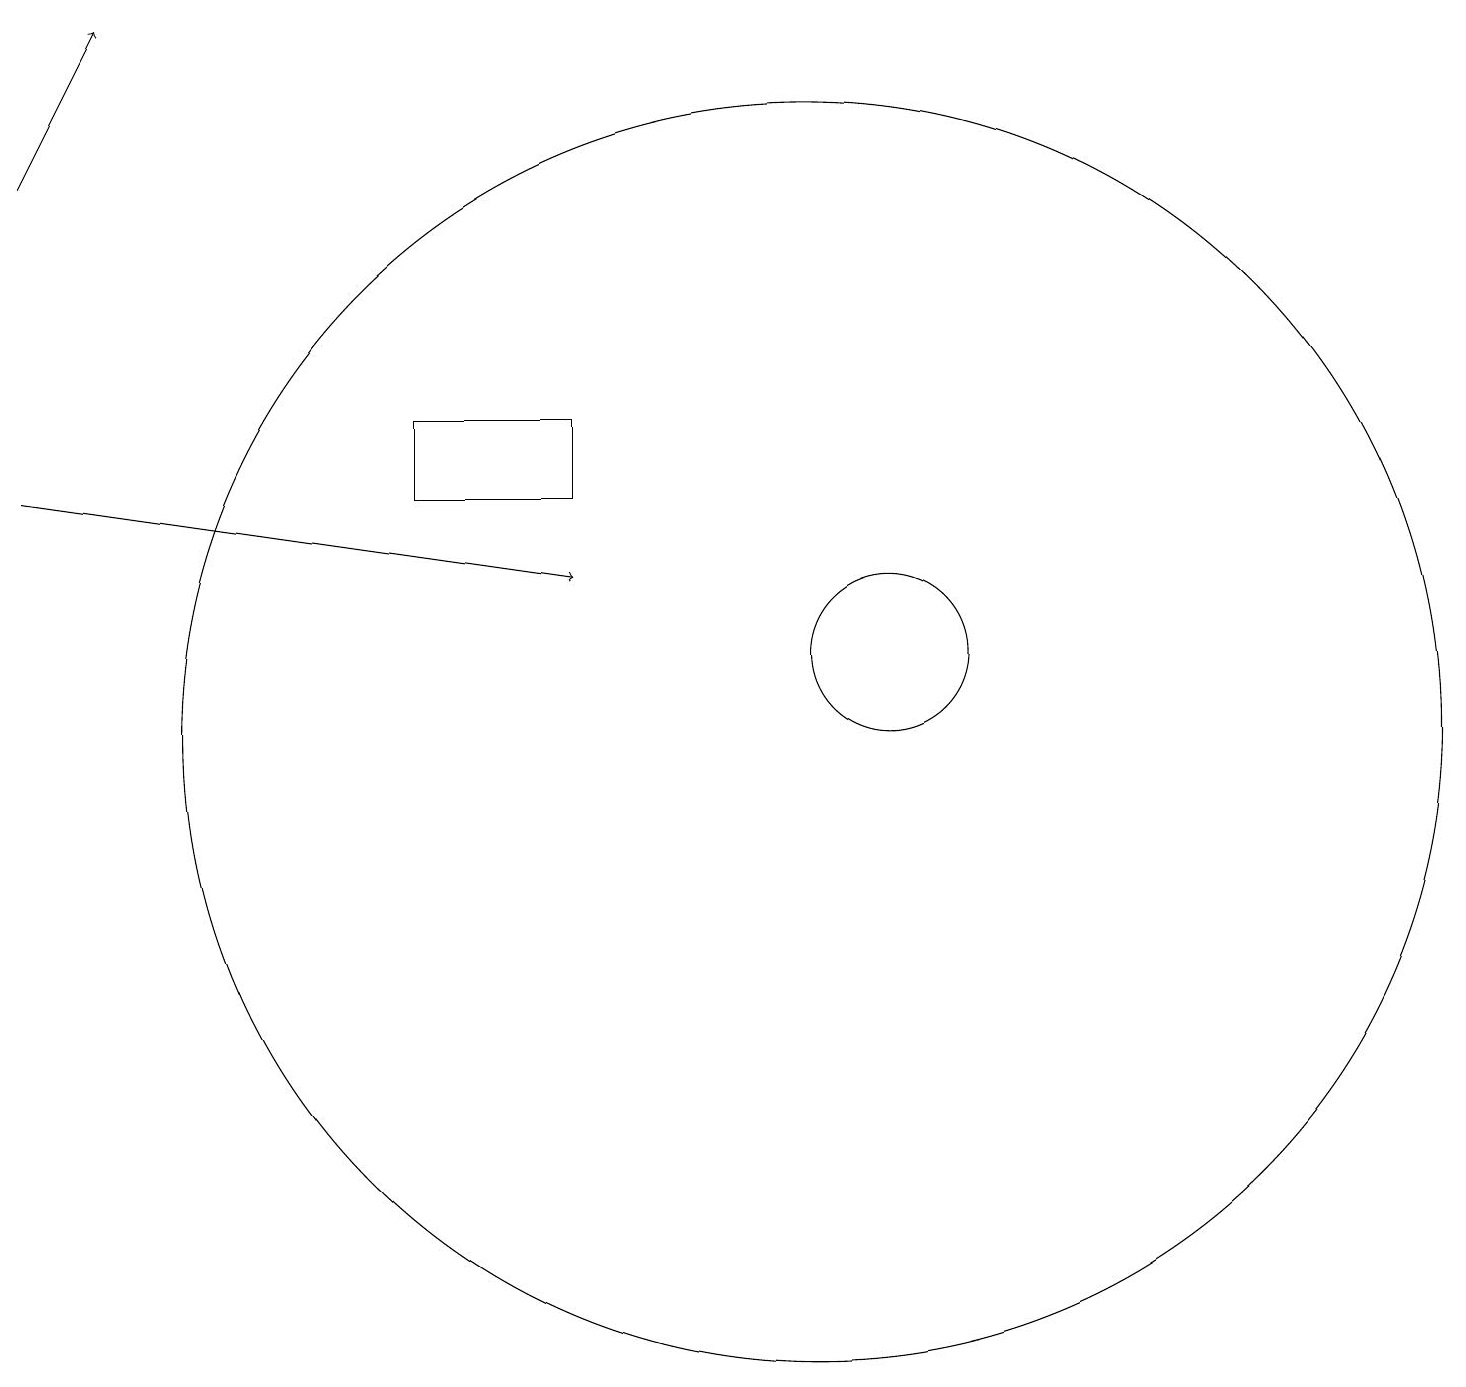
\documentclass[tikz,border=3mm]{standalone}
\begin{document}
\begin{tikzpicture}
\draw (5,14) rectangle (7,13);
\draw[->] (0,17) -- (1,19);
\draw[->] (0,13) -- (7,12);
\draw (10,10) circle (8);
\draw (11,11) circle (1);
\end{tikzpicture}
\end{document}